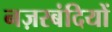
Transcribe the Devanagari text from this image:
नज़रबंदियों